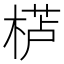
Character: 𱣸